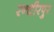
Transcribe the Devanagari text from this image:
रन्धीरपुर